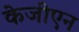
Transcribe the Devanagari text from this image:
केजीएन